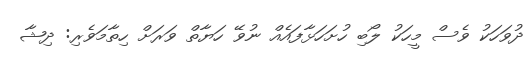
ދުވަހަކު ވެސް މީހަކު ލޯބި ހުށަހަޅާފައެެއް ނުވޭ ހަޔާތް ވަރަށް ހިތާމަވެރި: ދިޝާ